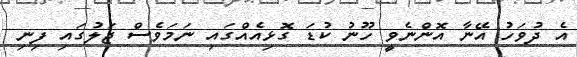
އެ ދުވަހު އޭނާ އޮންނެވީ ހޫނު ކުޑަ ގޮޅިއެއްގައި ނަމަވެސް ޖަލުގައި ފިނި